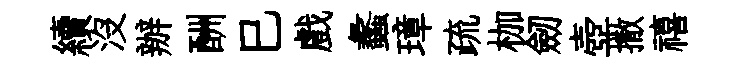
續沒辦酬巳戲蠡璋疏枷劒壺撒禧